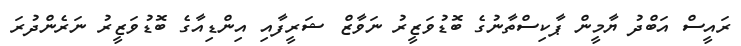
ރައީސް އަބްދު ޔާމީން ޕާކިސްތާނުގެ ބޮޑުވަޒީރު ނަވާޒް ޝަރީފާއި އިންޑިއާގެ ބޮޑުވަޒީރު ނަރެންދުރަ